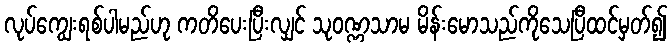
လုပ်ကျွေးရစ်ပါမည်ဟု ကတိပေးပြီးလျှင် သုဝဏ္ဏသာမ မိန်းမောသည်ကိုသေပြီထင်မှတ်၍